Vaccination North-Western Provinces 1866-1877 - 1866-1877
Year: 1866
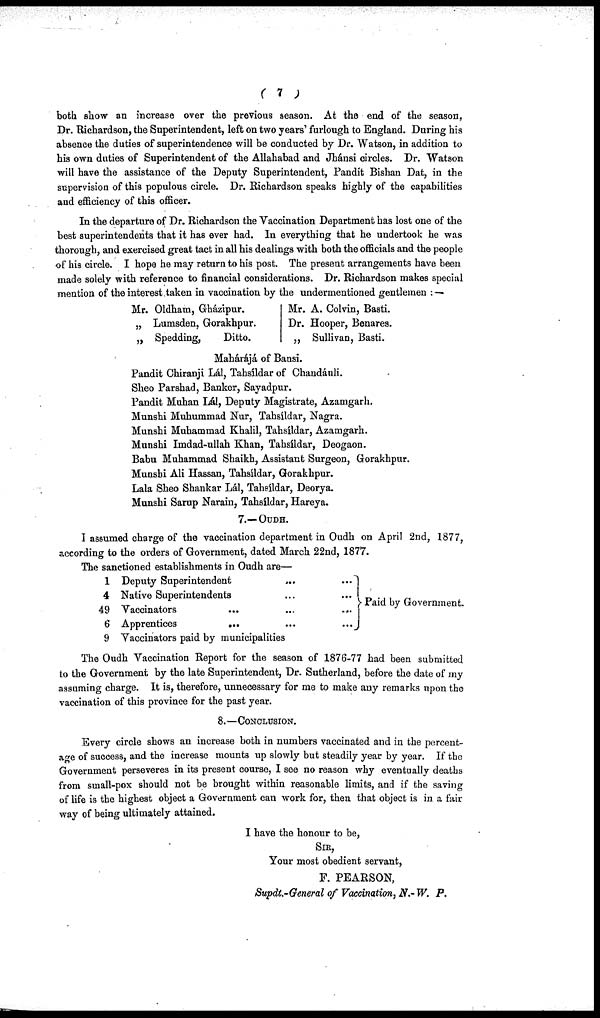
( 7 )
both show an increase over the previous season. At the end of the season,
Dr. Richardson, the Superintendent, left on two years' furlough to England. During his
absence the duties of superintendence will be conducted by Dr. Watson, in addition to
his own duties of Superintendent of the Allahabad and Jhánsi circles. Dr. Watson
will have the assistance of the Deputy Superintendent, Pandit Bishan Dat, in the
supervision of this populous circle. Dr. Richardson speaks highly of the capabilities
and efficiency of this officer.
In the departure of Dr. Richardson the Vaccination Department has lost one of the
best superintendents that it has ever had. In everything that he undertook he was
thorough, and exercised great tact in all his dealings with both the officials and the people
of his circle. I hope he may return to his post. The present arrangements have been
made solely with reference to financial considerations. Dr. Richardson makes special
mention of the interest taken in vaccination by the undermentioned gentlemen : —
Mr. Oldham, Gházipur.
„ Lumsden, Gorakhpur.
„ Spedding,
Ditto.
Mr. A. Colvin, Basti.
Dr. Hooper, Benares.
„ Sullivan, Basti.
Mahárájá of Bansi.
Pandit Ghiranji Lál, Tahsíldar of Chandáuli.
Sheo Parshad, Banker, Sayadpur.
Pandit Muhan Lál, Deputy Magistrate, Azamgarh.
Munshi Muhummad Nur, Tahsíldar, Nagra.
Munshi Muhammad Khalil, Tahsíldar, Azamgarh.
Munshi Imdad-ullah Khan, Tahsíldar, Deogaon.
Babu Muhammad Shaikh, Assistant Surgeon, Gorakhpur.
Munshi Ali Hassan, Tahsíldar, Gorakhpur.
Lala Sheo Shankar Lál, Tahsíldar, Deorya.
Munshi Sarup Narain, Tahsíldar, Hareya.
7.— OUDH.
I assumed charge of the vaccination department in Oudh on April 2nd, 1877,
according to the orders of Government, dated March 22nd, 1877.
The sanctioned establishments in Oudh are—
1
4
49
6
9
Deputy Superintendent ...
Native Superintendents ...
Vaccinators
... ...
Apprentices
... ...
Vaccinators paid by municipalities
...
...
...
...
Paid by Government.
The Oudh Vaccination Report for the season of 1876-77 had been submitted
to the Government by the late Superintendent, Dr. Sutherland, before the date of my
assuming charge. It is, therefore, unnecessary for me to make any remarks upon the
vaccination of this province for the past year.
8.—CONCLUSION.
Every circle shows an increase both in numbers vaccinated and in the percent-
age of success, and the increase mounts up slowly but steadily year by year. If the
Government perseveres in its present course, I see no reason why eventually deaths
from small-pox should not be brought within reasonable limits, and if the saving
of life is the highest object a Government can work for, then that object is in a fair
way of being ultimately attained.
I have the honour to be,
SIR,
Your most obedient servant,
F. PEARSON,
Supdt.-General of Vaccination, N.-W. P.